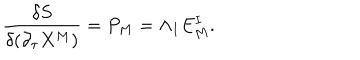
{ \frac { \delta S } { \delta ( \partial _ { \tau } X ^ { M } ) } } = P _ { M } = \Lambda _ { I } E _ { M } ^ { I } .